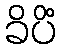
ခိပိံ